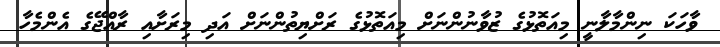
ވާހަކަ ނިންމާލާނީ މިއަތޮޅުގެ ޒުވާނުންނަށް މިއަތޮޅުގެ ރަށްޔިތުންނަށް އަދި މިރަށާއި ރާއްޖޭގެ އެންމެހާ